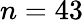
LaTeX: n=43